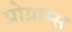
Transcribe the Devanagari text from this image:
प्रोग्राम्‍स